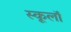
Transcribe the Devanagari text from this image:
स्कूलॉ